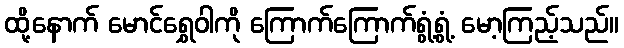
ထို့နောက် မောင်ရွှေဝါကို ကြောက်ကြောက်ရွံ့ရွံ့ မော့ကြည့်သည်။